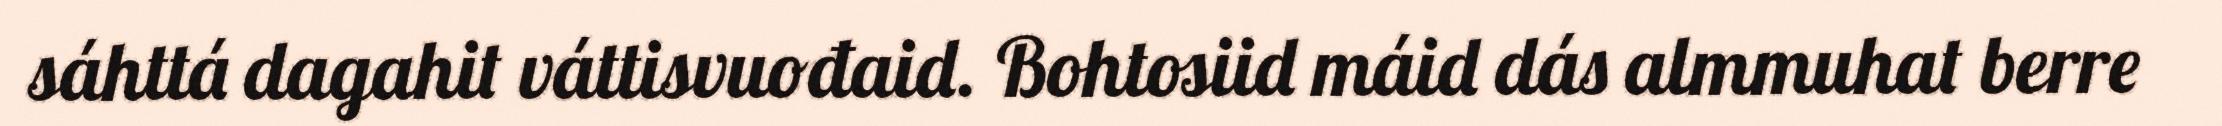
sáhttá dagahit váttisvuođaid. Bohtosiid máid dás almmuhat berre